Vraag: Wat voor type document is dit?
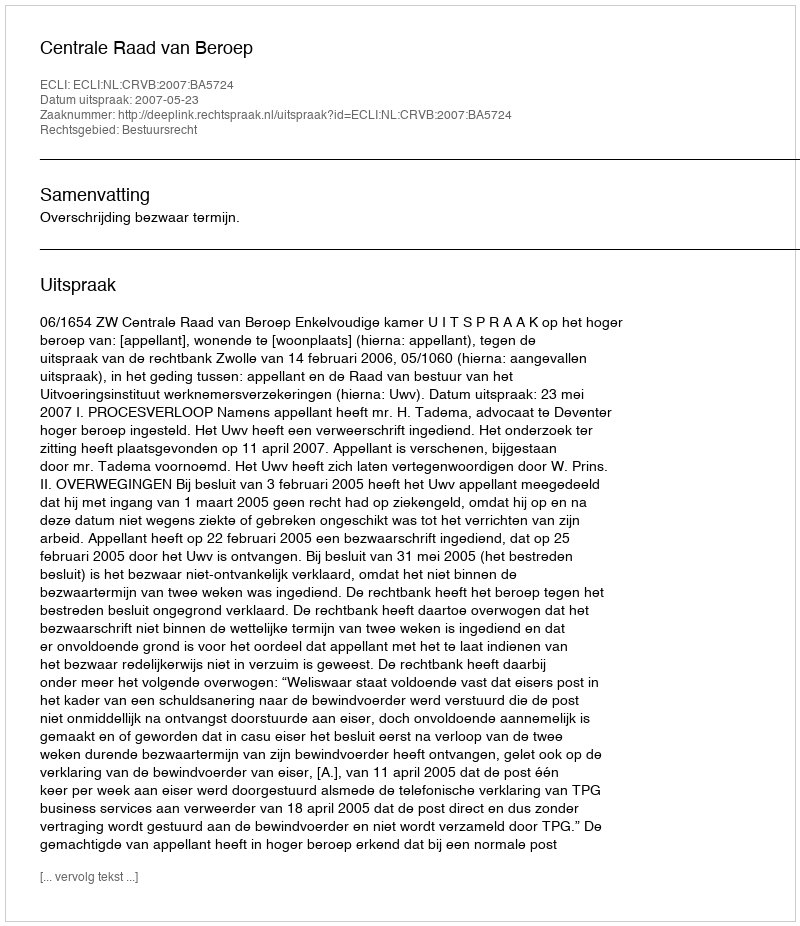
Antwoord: Uitspraak